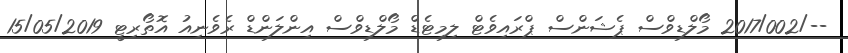
--/2017/002 މޯލްޑިވްސް ޕެޝަންސް ޕްރައިވެޓް ލިމިޓެޑް މޯލްޑިވްސް އިންލަންޑް ރެވެނިއު އޮތޯރިޓީ 15/05/2019